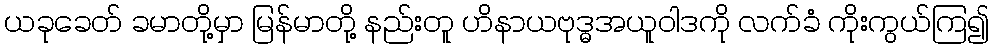
ယခုခေတ် ခမာတို့မှာ မြန်မာတို့ နည်းတူ ဟိနာယဗုဒ္ဓအယူဝါဒကို လက်ခံ ကိုးကွယ်ကြ၍